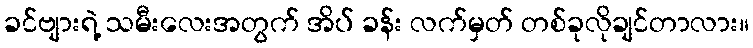
ခင်ဗျားရဲ့ သမီးလေးအတွက် အိပ် ခန်း လက်မှတ် တစ်ခုလိုချင်တာလား။